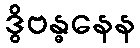
ဒွိဗန္ဓနေန